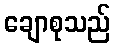
ချောစုသည်